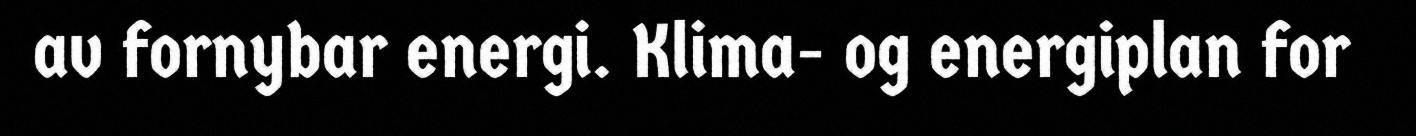
av fornybar energi. Klima- og energiplan for